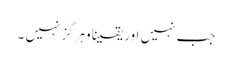
جب نہیں اور یقینا وہرگز نہیں ۔